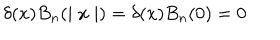
\delta ( x ) B _ { n } ( \mid x \mid ) = \delta ( x ) B _ { n } ( 0 ) = 0